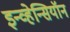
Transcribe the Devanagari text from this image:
इन्व्हेन्सियॉन